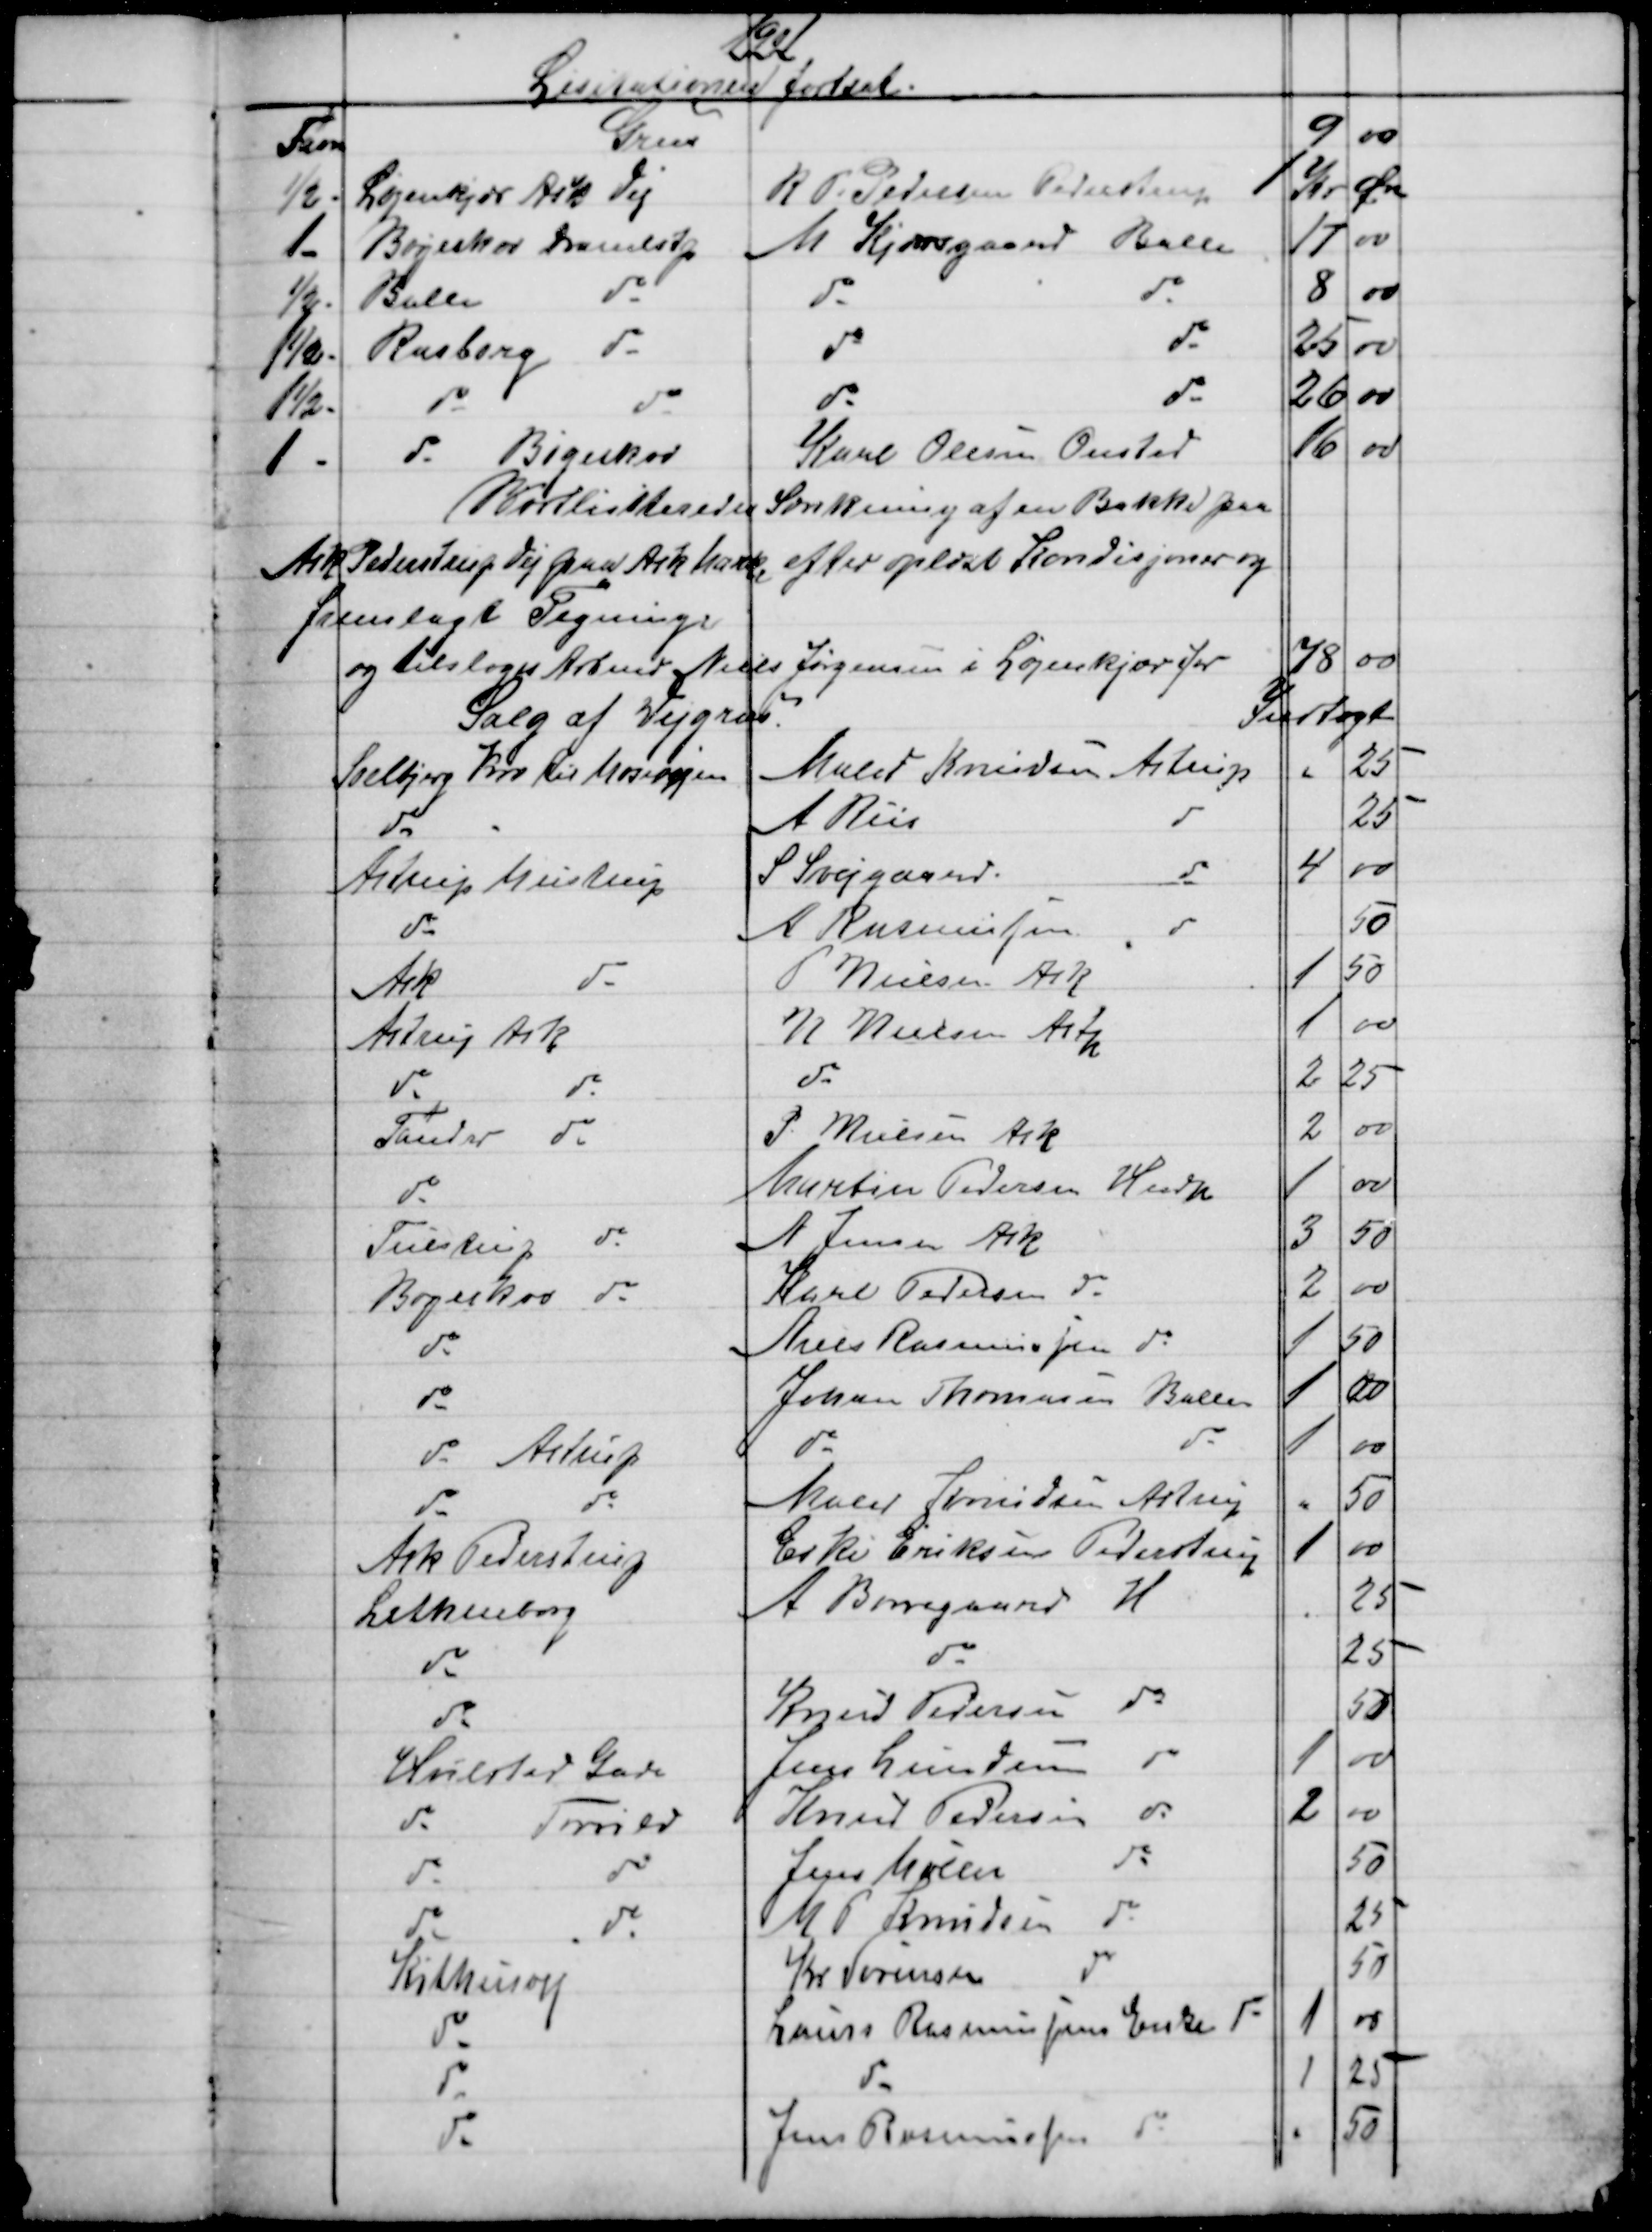
Transskription:
1901
Lisitationen fortsat.
Favn
Grus
9
00
½
Løjenkjær Ask Vej
R. P. Pedersen Pederstrup
Kr
Øre
1-
Bøgeskov Dramlstp
M Kjærsgaard Balle
17
00
½
Balle
do
do
do
8
00
1½
Rasborg do
do
do
25
00
1½
do
do
do
do
26
00
1
do Bøgeskov
Karl Olesen Onsted
16
00
Bortlisiteredes Sænkning af en Bakke paa
Ask Pederstrup Vej paa Ark Mark efter oplæst Kondisjoner og
fremlagt Tegning.
og tilsloges Arbmd Niels Jørgensen i Løjenkjær for
78
00
Salg af Vejgræs.
Indtægt
Soelbjerg Kro til Mosevejen
Maler Knudsen, Astrup
"
25
do
A Riis
do
25
Astrup Mustrup
S Svejgaard.
do
4
00
do
A Rasmussen
do
50
Ask
do
P Nielsen Ask
1
50
Astrup Ask
N Nielsen Astp
1
00
do
do
do
2
25
Tander do
P. Nielsen Ask
2
00
do
Martin Pedersen Hndp
1
00
Tulstrup do
A Jensen Ask
3
50
Bøgeskov do
Karl Pedersen do
2
00
do
Niels Rasmussen do
1
50
do
Johan Thomasen Balle
1
00
do Astrup
do
do
1
00
do
do
Maler Knudsen Astrup
"
50
Ask Pederstrup
Eske Eriksen Pederstrup
1
00
Lethenborg
A Borregaard H
25
do
do
25
do
Knud Pedersen
do
50
Hvilsted Gade
Jens Lundum
do
1
00
do
Torrild
Knud Pedersen
do
2
00
do
do
Jens Møller
do
50
do
do
M P Knudsen do
25
Kithusvej
Kr Sørensen
do
50
do
Laurs Rasmussens Enke do
1
00
do
do
1
25
do
Jens Rasmussen
do
50